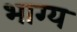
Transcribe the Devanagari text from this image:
भाग्‍य